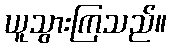
ယူသွားကြသည်။